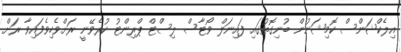
އިލެކްޝަންސް ކޮމިޝަނުން ބުނިގޮތުގައި ފައިނަލް ވޯޓާސް ލިސްޓް ޕްރިންޓު ކުރެވޭނީ ރަށްވެހިވެފައިވާ ރަށް